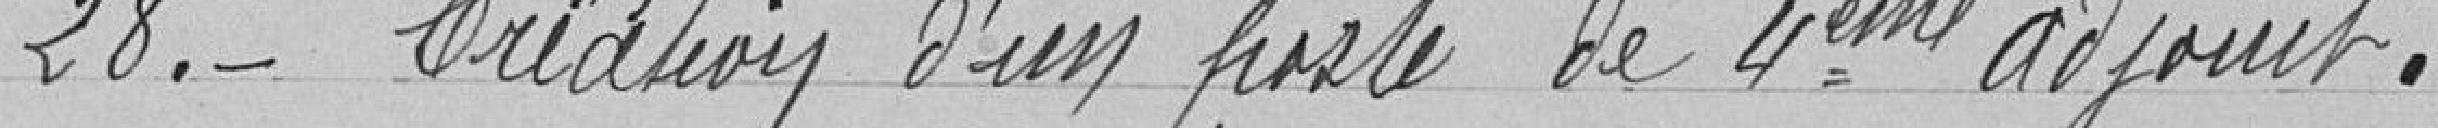
28. Création d'un poste de 4eme adjoint.